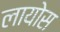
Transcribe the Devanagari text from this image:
लायोस